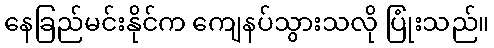
နေခြည်မင်းနိုင်က ကျေနပ်သွားသလို ပြုံးသည်။